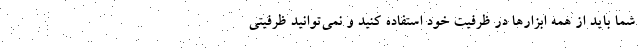
شما بايد از همه ابزارها در ظرفيت خود استفاده كنيد و نمي‌توانيد ظرفيتي